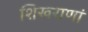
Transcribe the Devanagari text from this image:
शिखराणां